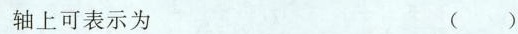
轴上可表示为（）